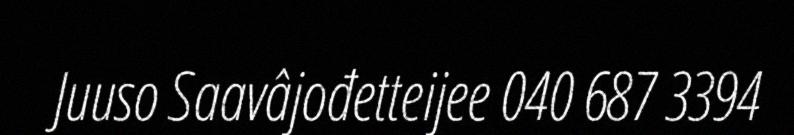
Juuso Saavâjođetteijee 040 687 3394